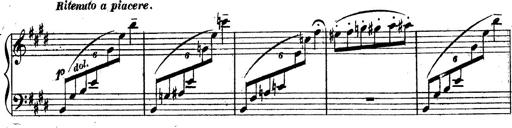
Title: 3 Caprices-Valses
Composer: Franz Liszt